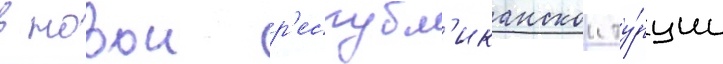
в новои р'еспубл'иканскои ту́рции